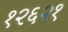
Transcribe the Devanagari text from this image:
१२६२१